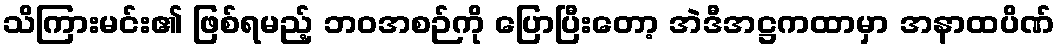
သိကြားမင်း၏ ဖြစ်ရမည့် ဘဝအစဉ်ကို ပြောပြီးတော့ အဲဒီအဋ္ဌကထာမှာ အနာထပိဏ်